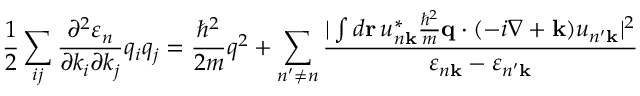
{ \frac { 1 } { 2 } } \sum _ { i j } { \frac { \partial ^ { 2 } \varepsilon _ { n } } { \partial k _ { i } \partial k _ { j } } } q _ { i } q _ { j } = { \frac { \hbar ^ { 2 } } { 2 m } } q ^ { 2 } + \sum _ { n ^ { \prime } \neq n } { \frac { | \int d \mathbf { r } \, u _ { n \mathbf { k } } ^ { * } { \frac { \hbar ^ { 2 } } { m } } \mathbf { q } \cdot ( - i \nabla + \mathbf { k } ) u _ { n ^ { \prime } \mathbf { k } } | ^ { 2 } } { \varepsilon _ { n \mathbf { k } } - \varepsilon _ { n ^ { \prime } \mathbf { k } } } }